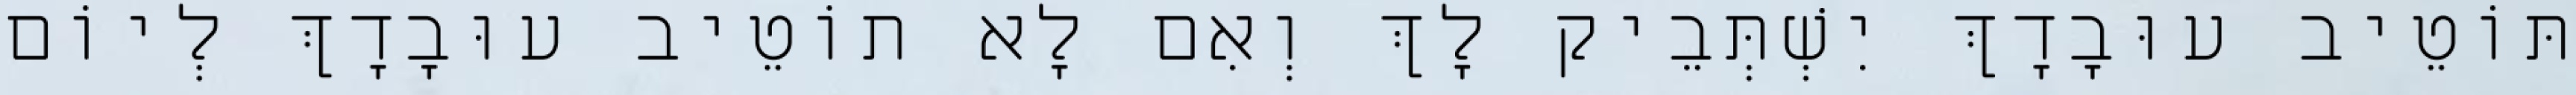
תּוֹטֵיב עוּבָדָךְ יִשְׁתְּבֵיק לָךְ וְאִם לָא תוֹטֵיב עוּבָדָךְ לְיוֹם